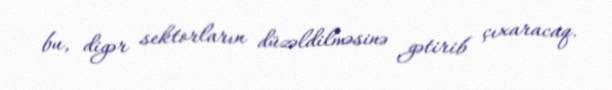
bu, digər sektorların düzəldilməsinə gətirib çıxaracaq.